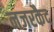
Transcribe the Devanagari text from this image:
नजरकैद